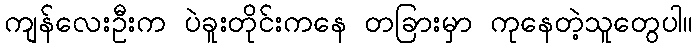
ကျန်လေးဦးက ပဲခူးတိုင်းကနေ တခြားမှာ ကုနေတဲ့သူတွေပါ။